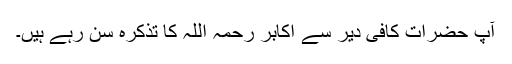
آپ حضرات کافی دیر سے اکابر رحمہ اللہ کا تذکرہ سن رہے ہیں۔